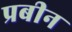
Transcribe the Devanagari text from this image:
प्रबीन